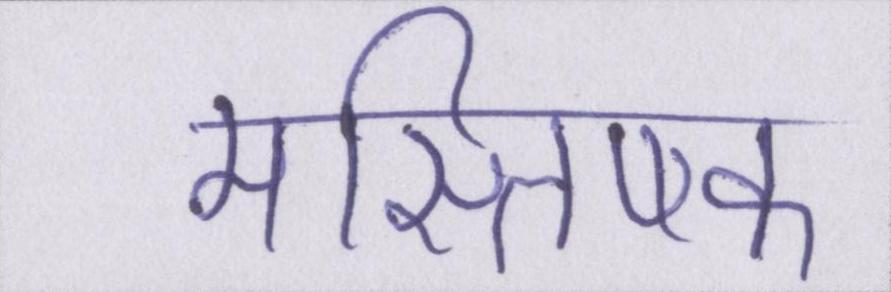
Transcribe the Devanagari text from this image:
मस्तिष्क